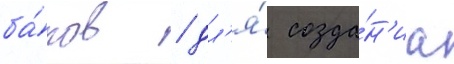
ба́ков / дл'я́ созда́н'иа